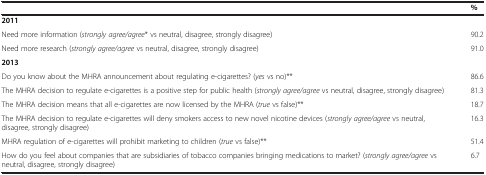
|  | % |
 | --- | --- |
 | 2011 |  |
 | Need more information (strongly agree/agree* vs neutral, disagree, strongly disagree) | 90.2 |
 | Need more research (strongly agree/agree vs neutral, disagree, strongly disagree) | 91.0 |
 | 2013 |  |
 | Do you know about the MHRA announcement about regulating e-cigarettes? (yes vs no)** | 86.6 |
 | The MHRA decision to regulate e-cigarettes is a positive step for public health (strongly agree/agree vs neutral, disagree, strongly disagree) | 81.3 |
 | The MHRA decision means that all e-cigarettes are now licensed by the MHRA (true vs false)** | 18.7 |
 | The MHRA decision to regulate e-cigarettes will deny smokers access to new novel nicotine devices (strongly agree/agree vs neutral, disagree, strongly disagree) | 16.3 |
 | MHRA regulation of e-cigarettes will prohibit marketing to children (true vs false)** | 51.4 |
 | How do you feel about companies that are subsidiaries of tobacco companies bringing medications to market? (strongly agree/agree vs neutral, disagree, strongly disagree) | 6.7 |